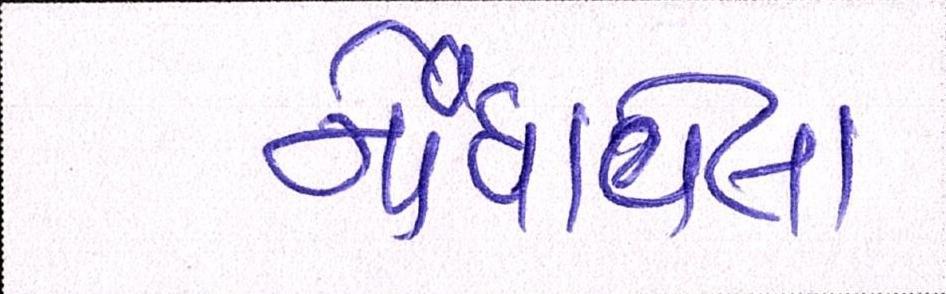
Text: નોંધાવેલા